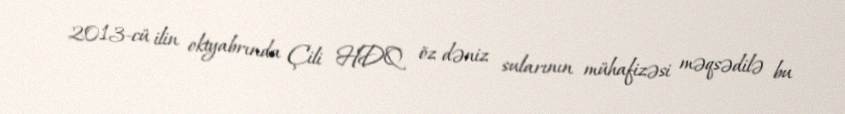
2013-cü ilin oktyabrında Çili HDQ öz dəniz sularının mühafizəsi məqsədilə bu